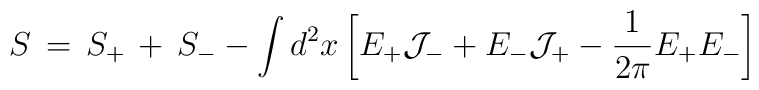
S\, = \, S_+ \,+\, S_- -\int d^2x \left[ E_+ { \cal J}_- + E_- { \cal J}_+ - { 1\over { 2 \pi }} E_+ E_- \right]